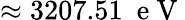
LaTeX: \approx 3207.51~\mathrm{~e~V~}